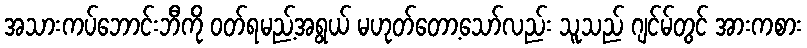
အသားကပ်ဘောင်းဘီကို ဝတ်ရမည့်အရွယ် မဟုတ်တော့သော်လည်း သူသည် ဂျင်မ်တွင် အားကစား